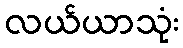
လယ်ယာသုံး